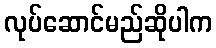
လုပ်ဆောင်မည်ဆိုပါက